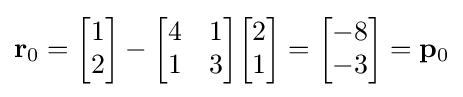
\mathbf {r} _{0}={\begin{bmatrix}1\\2\end{bmatrix}}-{\begin{bmatrix}4&1\\1&3\end{bmatrix}}{\begin{bmatrix}2\\1\end{bmatrix}}={\begin{bmatrix}-8\\-3\end{bmatrix}}=\mathbf {p} _{0}